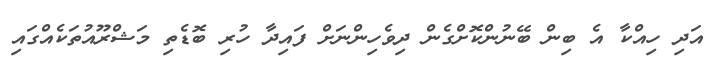
އަދި ހިއްކާ އެ ބިން ބޭނުންކޮށްގެން ދިވެހިންނަށް ފައިދާ ހުރި ބޮޑެތި މަޝްރޫއުތަކެއްގައި